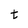
Character: t